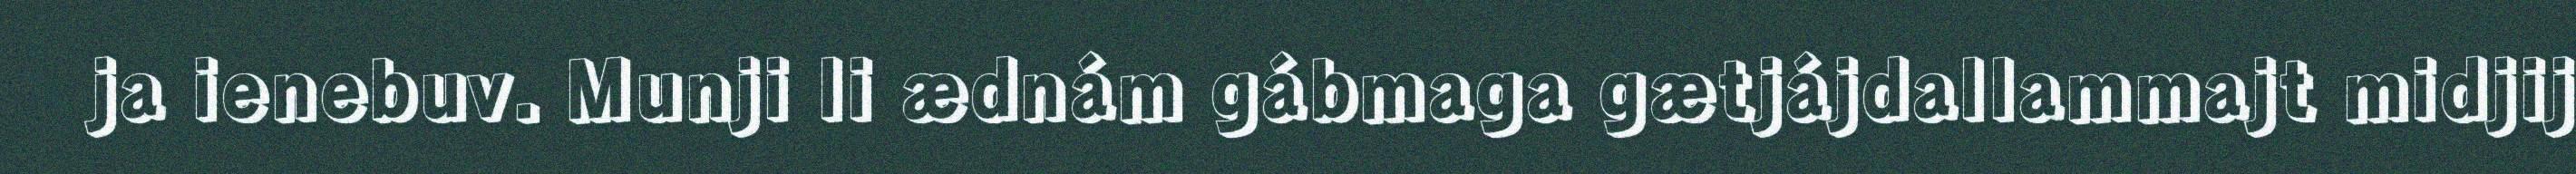
ja ienebuv. Munji li ædnám gábmaga gætjájdallammajt midjij